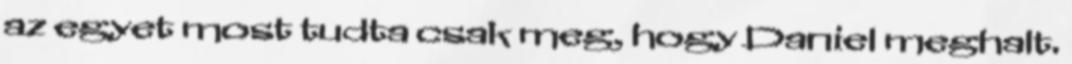
az egyet most tudta csak meg, hogy Daniel meghalt.